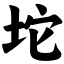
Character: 坨